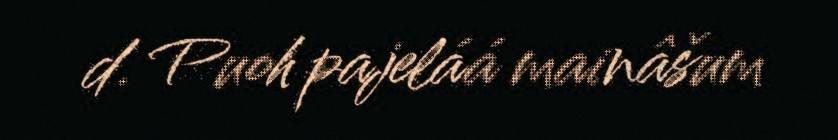
d. Puoh pajeláá mainâšum